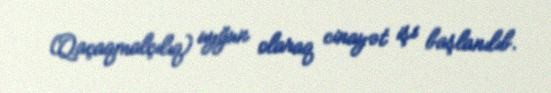
(Qaçaqmalçılıq) uyğun olaraq cinayət işi başlanılıb.